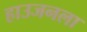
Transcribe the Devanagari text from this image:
हाउजनला